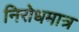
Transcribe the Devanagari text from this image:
निरोधमात्र